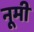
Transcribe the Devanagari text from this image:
नूमी